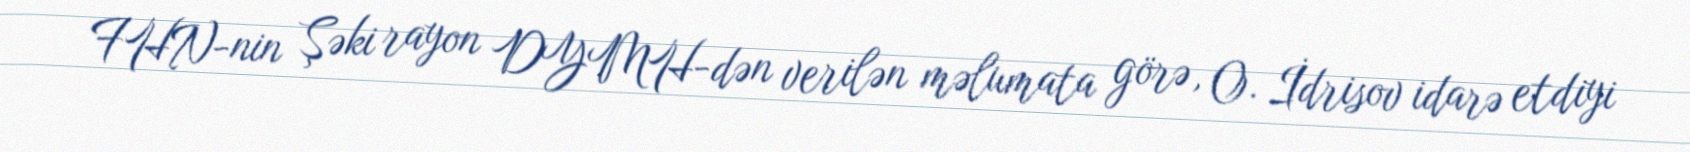
FHN-nin Şəki rayon DYMH-dən verilən məlumata görə, O. İdrisov idarə etdiyi